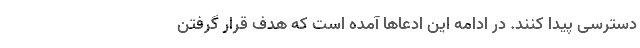
دسترسی پیدا کنند. در ادامه این ادعاها آمده است که هدف قرار گرفتن